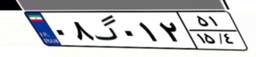
۰۸گ۰۱۲۵۱